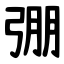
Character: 弸